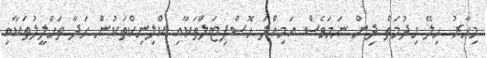
މިހާރު ހިލޭ ހިދުމަތް ދިން ނަމަވެސް އަމިއްލަ ހޮސްޕިޓަލްތަކާއި ކްލިނިކްތަކުން ހަދާ ތަހްލީލުތަކާއި